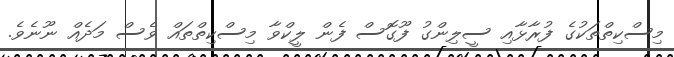
މިސްކިތްތަކުގެ ފުރާޅާއި ސީލިންގު ފޫގޮސް ފެން ލީކްވާ މިސްކިތްތައް ވެސް މަދެއް ނޫނެވެ.